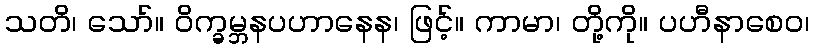
သတိ၊ သော်။ ဝိက္ခမ္ဘနပဟာနေန၊ ဖြင့်။ ကာမာ၊ တို့ကို။ ပဟီနာစေဝ၊